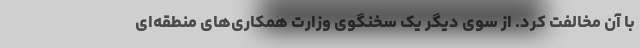
با آن مخالفت کرد. از سوی دیگر یک سخنگوی وزارت همکاری‌های منطقه‌ای